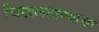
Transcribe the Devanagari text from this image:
चिखलठाण्याचा